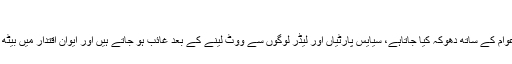
دھوکہ دہی
جمہوری نظام میں عوام کے ساتھ دھوکہ کیا جاتاہے، سیایس پارٹیاں اور لیڈر لوگوں سے ووٹ لینے کے بعد غائب ہو جاتے ہیں اور ایوان اقتدار میں بیٹھ کر مزے اڑاتے ہیں۔